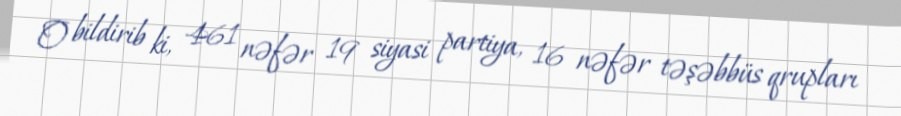
O bildirib ki, 461 nəfər 19 siyasi partiya, 16 nəfər təşəbbüs qrupları